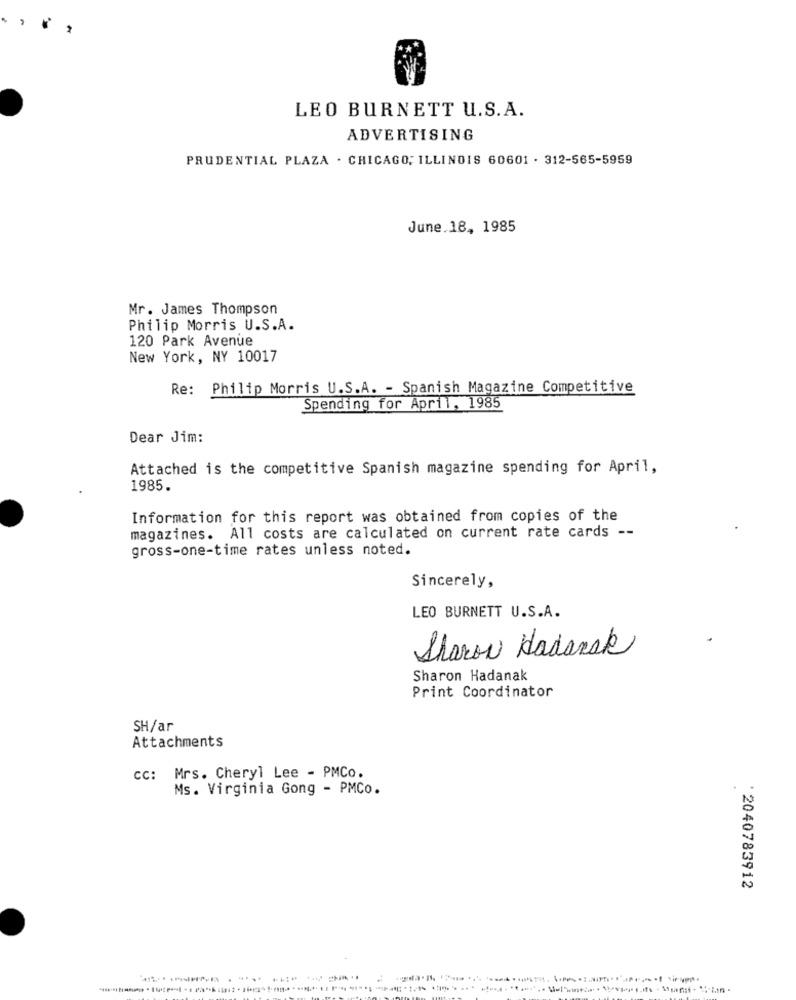
LEO BURNETT U.S.A.
ADVERTISING
PRUDENTIAL PLAZA . CHICAGO, ILLINOIS 60601 . 312-565-5959
June.18, 1985
Mr. James Thompson
Philip Morris U.S.A.
120 Park Avenue
New York, NY 10017
Re: Philip Morris U.S.A. - Spanish Magazine Competitive
Spending for April, 1985
Dear Jim:
Attached is the competitive Spanish magazine spending for April,
1985.
Information for this report was obtained from copies of the
magazines. All costs are calculated on current rate cards --
gross-one-time rates unless noted.
Sincerely,
LEO BURNETT U.S.A.
Sharon Hadansk
Sharon Hadanak
Print Coordinator
SH/ar
Attachments
CC: Mrs. Cheryl Lee - PMCo.
Ms. Virginia Gong - PMCo.
·2040783912